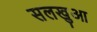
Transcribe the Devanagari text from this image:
सलखुआ